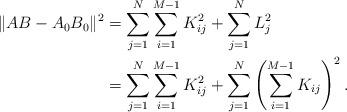
LaTeX: \begin{align*}\| AB-A_0B_0\|^2&= \sum_{j=1}^N \sum_{i=1}^{M-1} K_{ij}^2 +\sum_{j=1}^N L_j^2 \\&= \sum_{j=1}^N \sum_{i=1}^{M-1} K_{ij}^2 +\sum_{j=1}^N \left( \sum_{i=1}^{M-1} K_{ij} \right)^2. \end{align*}